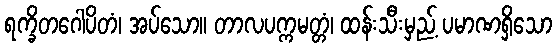
ရက္ခိတဂေါပိတံ၊ အပ်သော။ တာလပက္ကမတ္တံ၊ ထန်းသီးမှည့် ပမာဏရှိသော